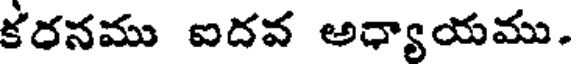
కరనము ఐదవ అధ్యాయము.